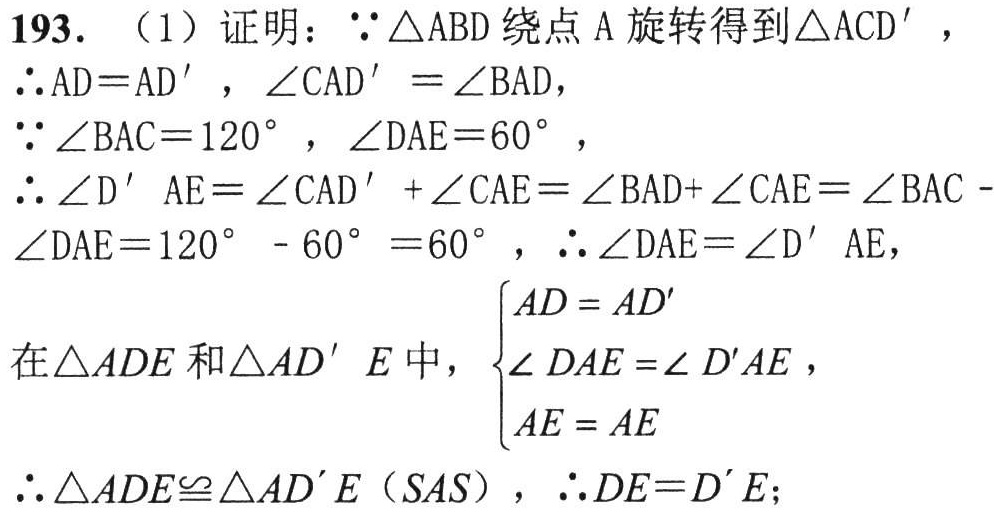
193. （1）证明：\(\because\triangle ABD\)绕点\(A\)旋转得到\(\triangle ACD'\)，

\(\therefore AD = AD'\)，\(\angle CAD'=\angle BAD\)，

\(\because\angle BAC = 120^{\circ}\)，\(\angle DAE = 60^{\circ}\)，

\(\therefore\angle D'AE=\angle CAD'+\angle CAE=\angle BAD + \angle CAE=\angle BAC-\angle DAE=120^{\circ}-60^{\circ}=60^{\circ}\)，\(\therefore\angle DAE=\angle D'AE\)，

在\(\triangle ADE\)和\(\triangle AD'E\)中，\(\begin{cases}AD = AD'\\\angle DAE=\angle D'AE\\AE = AE\end{cases}\)，

\(\therefore\triangle ADE\cong\triangle AD'E\)（\(SAS\)），\(\therefore DE = D'E\)；